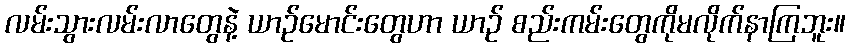
လမ်းသွားလမ်းလာတွေနဲ့ ယာဉ်မောင်းတွေဟာ ယာဉ် စည်းကမ်းတွေကိုမလိုက်နာကြဘူး။